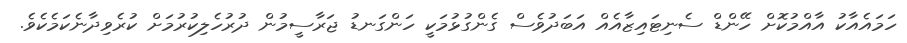
ހަމައެއާކު އާއްމުކޮށް ހޭންޑް ސެނިޓައިޒާއެެއް އަބަދުވެސް ގެންގުޅުމަކީ ހަންގަނޑު ޖަރާސީމުން ދުރުހެލިކުރުމަށް ކުރެވިދާނެކަމެކެވެ.